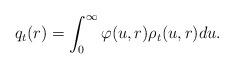
LaTeX: \begin{align*}q_t(r)=\int_{0}^{\infty}\varphi(u,r)\rho_t(u,r)du.\end{align*}